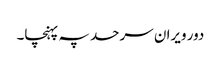
دور ویران سرحد پہ پہنچا۔